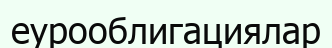
еурооблигациялар